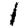
Digit: 1